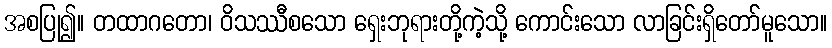
အစပြု၍။ တထာဂတော၊ ဝိသဿီစသော ရှေးဘုရားတို့ကဲ့သို့ ကောင်းသော လာခြင်းရှိတော်မူသော။